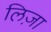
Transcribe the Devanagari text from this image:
लिज़ा